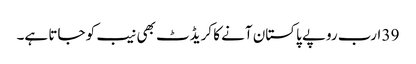
39 ارب روپے پاکستان آنے کا کریڈٹ بھی نیب کو جاتا ہے۔